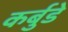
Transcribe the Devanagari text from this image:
कर्बुडे